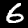
Digit: 6